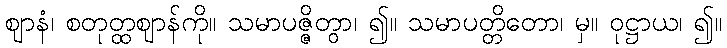
ဈာနံ၊ စတုတ္ထဈာန်ကို။ သမာပဇ္ဇိတွာ၊ ၍။ သမာပတ္တိတော၊ မှ။ ဝုဋ္ဌာယ၊ ၍။